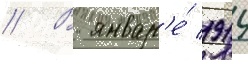
// В январ'е́ 1914